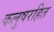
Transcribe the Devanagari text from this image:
कलुषरहित